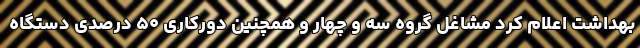
بهداشت اعلام کرد مشاغل گروه سه و چهار و همچنین دورکاری ۵۰ درصدی دستگاه